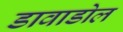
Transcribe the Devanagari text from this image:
डावाडोल